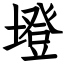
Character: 墱